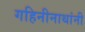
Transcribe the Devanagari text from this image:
गहिनीनाथांनी